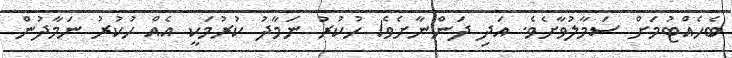
ބެހެއްޓުމަށް ސަމާލުވާށެވެ. އަދި ދަންނާށެވެ! ހުކުރު ނަމާދު ކުރުމަކީ އެއް ހުކުރު ނަމާދުން